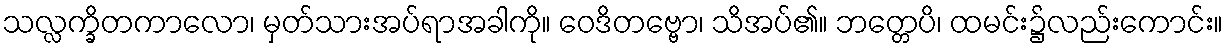
သလ္လက္ခိတကာလော၊ မှတ်သားအပ်ရာအခါကို။ ဝေဒိတဗ္ဗော၊ သိအပ်၏။ ဘတ္တေပိ၊ ထမင်း၌လည်းကောင်း။